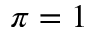
\pi = 1